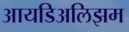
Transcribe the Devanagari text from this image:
आयडिअलिझम